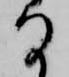
る